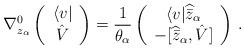
LaTeX: \begin{align*}\nabla_{z_{\alpha}}^{0} \left(\begin{array}{c}\langle v| \\ \hat V \end{array} \right)= \frac{1}{\theta_{\alpha}} \left(\begin{array}{c} \langle v| \widehat{\bar z}_{\alpha} \\-\lbrack \widehat{\bar z}_{\alpha}, \hat V \rbrack \end{array} \right) \, .\end{align*}